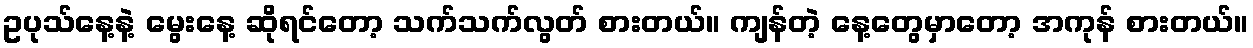
ဥပုသ်နေ့နဲ့ မွေးနေ့ ဆိုရင်တော့ သက်သက်လွတ် စားတယ်။ ကျန်တဲ့ နေ့တွေမှာတော့ အကုန် စားတယ်။